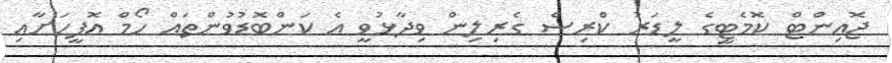
ޖޮއިންޓް ކޮމެޓީގެ ލީޑަރު ކްރިސް ގެރިލިން ވިދާޅުވީ އެ ކަންބޮޑުވުންތައް ހޯމް އޮފީހަށާއި